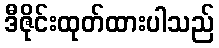
ဒီဇိုင်းထုတ်ထားပါသည်